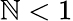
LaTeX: \mathbb{N}<1